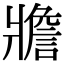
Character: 𤖝